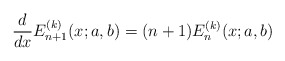
\begin{align*}\frac{d}{dx}{E}^{(k)}_{n+1}(x;a,b)=(n+1){E}^{(k)}_{n}(x;a,b)\end{align*}